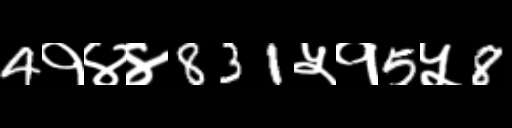
Text: 4१४४831५१5५8